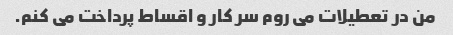
من در تعطیلات می روم سر کار و اقساط پرداخت می کنم.